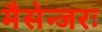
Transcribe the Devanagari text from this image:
मैसेन्जरः